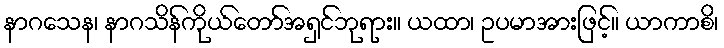
နာဂသေန၊ နာဂသိန်ကိုယ်တော်အရှင်ဘုရား။ ယထာ၊ ဥပမာအားဖြင့်။ ယာကာစိ၊